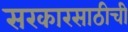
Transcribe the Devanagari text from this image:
सरकारसाठीची